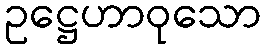
ဥဋ္ဌေဟာဝုသော